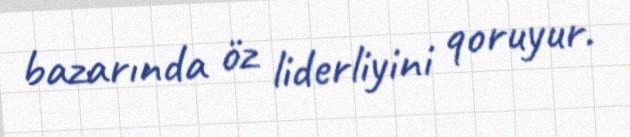
bazarında öz liderliyini qoruyur.